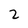
Character: 2